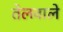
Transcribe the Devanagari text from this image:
तेलवाले